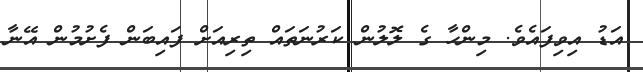
އަޑު އިވިފައެވެ. މިންހާ ގެ ލޮލުން ކަރުނަތައް ތިރިއަށް ފައިބަން ފެށުމުން އޭނާ